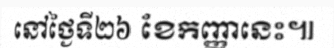
នៅថ្ងៃទី២៦ ខែកញ្ញានេះ៕